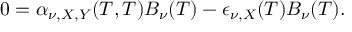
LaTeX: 0 = \alpha _ { \nu , X , Y } ( T , T ) B _ { \nu } ( T ) - \epsilon _ { \nu , X } ( T ) B _ { \nu } ( T ) .